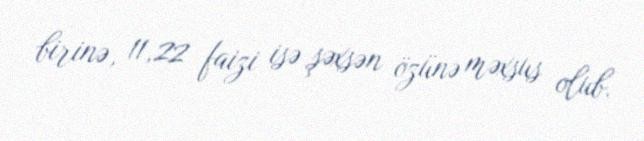
birinə, 11,22 faizi isə şəxsən özünə məxsus olub.